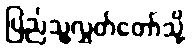
ပြည်သူ့လွှတ်တော်သို့